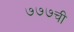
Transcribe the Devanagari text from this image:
७७७ची